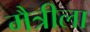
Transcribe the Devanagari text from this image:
मैत्रीला